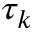
\tau _ { k }